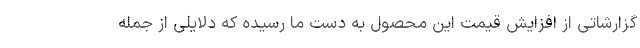
گزارشاتی از افزایش قیمت این محصول به دست ما رسیده که دلایلی از جمله